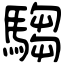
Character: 騶